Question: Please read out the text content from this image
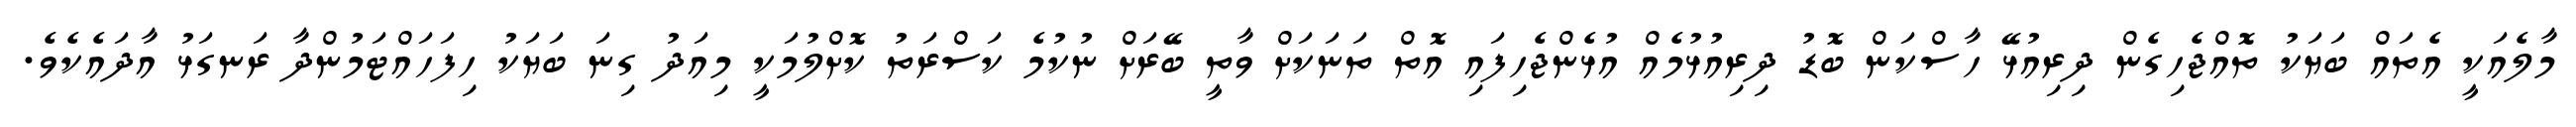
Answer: މާލެއަކީ އެތައް ބަޔަކު ތޮއްޖެހިގެން ދިރިއުޅޭ ހާސްކަން ބޮޑު ދިރިއުޅުމެއް އުޅެންޖެހިފައި އޮތް ތަނަކަށް ވާތީ ބޭރަށް ނުކުމެ ކަސްރަތު ކޮށްލުމަކީ މިއަދު ގިނަ ބަޔަކު ހިފަހައްޓަމުންދާ ރަނގަޅު އާދައެކެވެ.